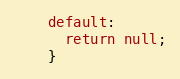
Language: Java
    default:
      return null;
    }